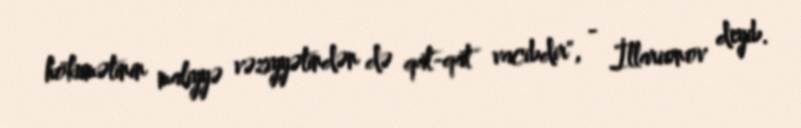
hökumətinin maliyyə vəziyyətindən də qat-qat vacibdir", - İllarionov deyib.